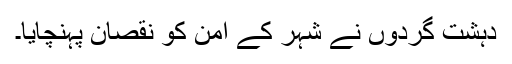
دہشت گردوں نے شہر کے امن کو نقصان پہنچایا۔